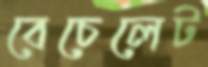
বেচেলেট